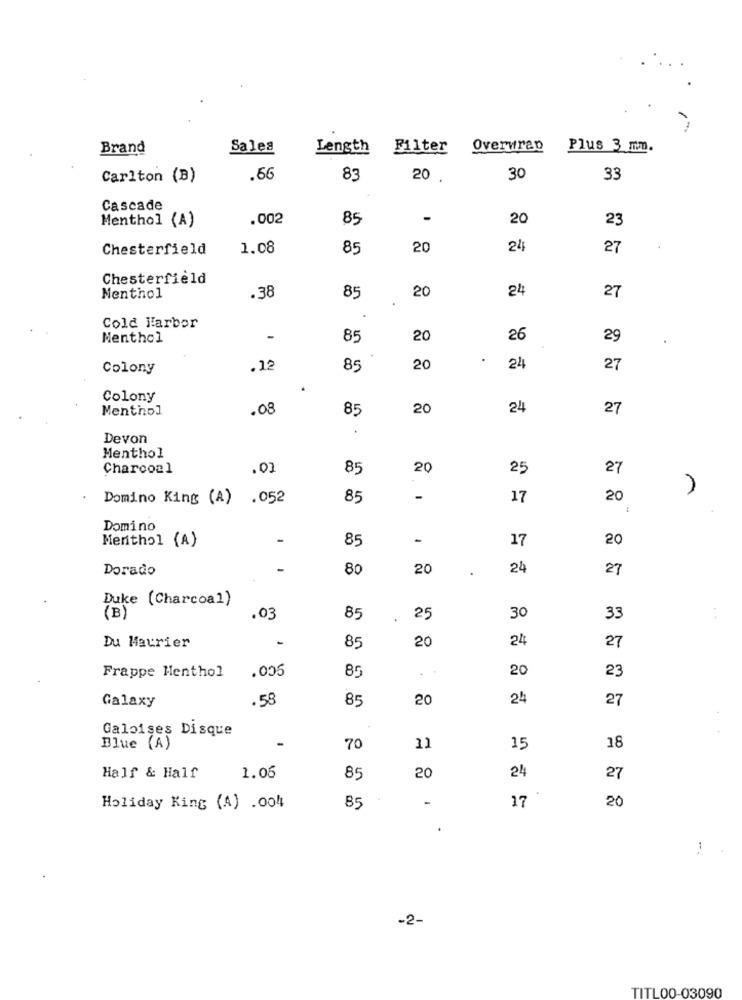
Brand
Sales
Length
Filter
Overwrap
Plus 3 mm.
Carlton (B)
.66
83
20 .
30
33
Cascade
.002
85
20
23
Menthol (A)
Chesterfield
1.08
85
20
24
27
Chesterfield
.38
20
24
Nenthol
85
27
Cold Harbor
Menthol
-
85
20
26
29
Colony
.12
85
20
24
27
Colony
Menthol
.08
85
20
24
27
.
Devon
Menthol
Charcoal
.02
85
20
25
27
Domino King (A) .052
85
17
20
Domino
Menthol (A)
-
85
17
20
Dorado
80
20
24
27
Duke (Charcoal)
,03
85
25
30
33
Du Maurier
20
24
85
27
Frappe Henthol
.005
85
20
23
Galaxy
. 58
85
20
24
27
Galoises Disque
Blue (A)
70
11
15
18
20
Half & Half
1.06
85
24
27
17
20
Holiday King (A) .004
85
.
-
-2-
TITLOO-03090